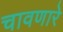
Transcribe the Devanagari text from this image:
चावणारे